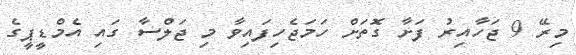
މިރޭ 9 ޖަހާއިރު ފަށާ ގޮތަށް ހަމަޖެހިފައިވާ މި ޖަލްސާ ގައި އެމްޑީޕީގެ